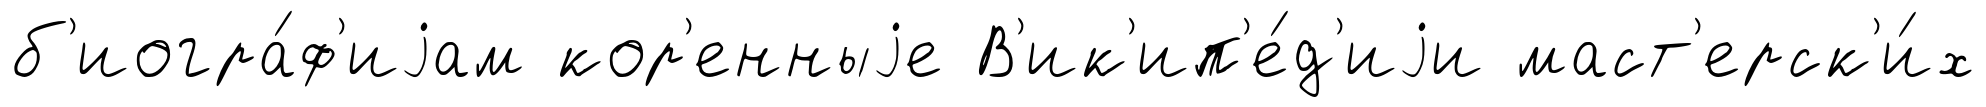
б'иогра́ф'иjам кор'енныjе В'ик'ип'е́д'иjи маст'ерск'и́х